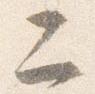
二